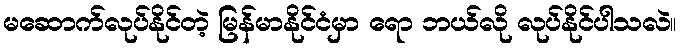
မဆောက်လုပ်နိုင်တဲ့ မြန်မာနိုင်ငံမှာ ရော ဘယ်လို လုပ်နိုင်ပါသလဲ။